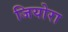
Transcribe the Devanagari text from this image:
जियोरा